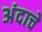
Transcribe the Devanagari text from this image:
अंदाचे